Annual report of the Bengal Veterinary College and of the Civil Veterinary Department, Bengal, for the year 1916-17 - 1916-1917
Year: 1916
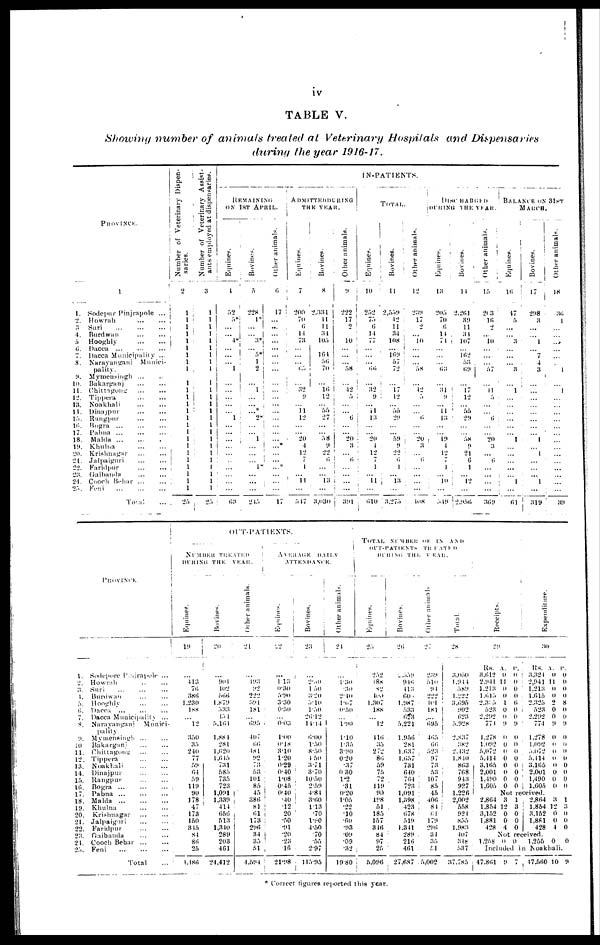
iv
TABLE
V.
Showing number
of animals
treated
at
Veterinary
Hospitals
and
Dispensaries
during the year
1916-17.
PROVINCE.
1.
2.
3
4.
5
6.
7.
8.
9.
10.
11.
12.
13.
11.
15.
16.
17.
18.
19.
20.
21.
22.
23.
24.
25.
1
Sodepur Pinjrapole ...
Howrah ... ...
Suri ... ... ...
Burdwan
...
...
Hooghly
...
...
Dacca ... ... ...
Dacca Municipality ...
Narayanganj Munici-
pality.
Mymensingh ... ..
Bakarganj
...
...
Chittagong
...
...
Tippera
...
...
Noakhali ... ...
Dinajpur
...
...
Rangpur ... ...
Bogra
...
...
...
Pabna
...
...
...
Malda
...
...
.
Khuhia
...
...
Krishnagar ... ...
Jalpaiguri
...
...
Faridpur ... ...
Gaibanda ... ...
Cooch Behar ... ...
Feni
...
...
...
Total ...
Number of Veterinary Dispen-
saries.
2
1
1
1
1
1
1
1
1
1
1
1
1
1
1
1
1
1
1
1
1
1 1
1
1
1
25
Number of Veterinary Assist-
ants employed at dispensaries.
3
1
1
1
1
1
1
1
1
1
1
1
1
1
1
1
1
1
1
1
1
1
1
1
1
1
25
IN-PATIENTS.
REMAINING
ON 1ST APRIL.
Equines.
4
52
5*
...
...
4*
...
...
...
1
...
...
...
...
...
1
...
...
...
...
...
...
...
...
...
...
63
Bovines.
5
228
1*
...
...
3*
...
5*
1
2
...
1
...
...
...*
2*
...
...
1
...
...
...
1*
...
...
...
245
Other animals.
6
17
...
...
...
...
...
...
...
...
...
...
...
...
...
...
...
...
...
...*
...
...
...*
...
...
...
17
ADMITTEDDURING
THE YEAR.
Equines.
7
200
70
6
14
73
...
...
...
63
...
32
9
...
11
12
...
...
20
4
12
7
1
...
11
...
547
Bovines.
8
2.331
11
11
34
105
...
104
56
70
...
16
12
...
55
27
...
...
58
9
22
6
...
...
13
...
3,030
Other animals.
it
222
17
2
...
10
...
...
...
58
...
42
5
...
...
6
...
...
20
3
6
...
...
...
...
391
TOTAL.
Equines.
10
252
75
6
14
77
...
...
...
66
...
32
9
...
11
13
...
...
20
4
12
7
1
...
11
...
610
...
Bovines.
11
2,539
42
11
34
108
...
169
57
72
...
17
12
...
55
29
...
...
59
9
22
6
1
...
13
...
3.275
Other animals.
12
239
17
2
...
10
...
...
...
58
...
42
3
...
...
6
...
...
20
3
...
6
...
...
...
108
DISCHARGED
DURING THE YEAR.
Equines.
13
205
70
6
14
74
...
...
...
63
...
31
9
...
11
13
...
...
19
4
12
7
1
10
...
319
Bovines.
14
2,261
39
11
34
107
...
162
53
69
...
17
12
...
55
29
...
...
58
9
21
0
1
...
12
...
2,956
Other animals.
15
203
16
2
...
10
...
...
...
57
...
11
5
...
...
6
...
...
20
3
...
6
...
...
...
...
369
BALANCE ON 31ST
MARCH.
Equines.
16
47
5
...
...
3
...
...
...
3
...
1
...
...
...
...
...
...
1
...
...
...
...
...
1
...
61
Bovines.
17
298
3
...
...
1
...
7
4
3
...
...
...
...
...
...
...
...
1
...
1
...
...
...
1
...
319
Other animals.
18
36
1
...
...
...
...
...
...
1
...
1
...
...
...
...
...
...
...
...
...
...
...
...
...
...
39
1.
2
3.
4.
5.
6.
7.
8.
9.
10
11.
12.
13.
14.
15.
16.
17.
18.
19.
20.
21.
22
23.
24.
25.
PROVINCE.
Sodepore Piajrapole ...
Howrah
..
...
Suri ... ... ...
Burdwan ... ...
Hooghly
...
...
Dacca ... ... ...
Dacca Municipality ...
Narayanganj Munici-
pality.
Mymensingh ... ...
Bakarganj
...
...
Chittagong
...
...
Tippera ... ...
Noakhali ... ...
Dinajpur
...
...
Rangpur
...
...
Bogra
...
...
...
Pabna
...
...
...
Malda
...
...
...
Khulna
...
...
Krishnagar
...
...
Jalpaiguri ... ...
Faridpur ... ...
Gaibanda ... ...
Cooch Behar ... ...
Feni ... ... ...
Total ...
OUT-PATIENTS.
NUMBER TREATED
DURING THE
YEAR.
Equines.
19
...
413
76
386
1,230
188
12
350
35
240
77
59
64
59
119
90
178
47
173
150
345
84
80
25
1,486
Bovines.
20
...
904
402
566
1,879
533
434
5,164
1.88 1
281
1,620
1,645
731
585
735
723
1,091
1,339
414
666
513
1,340
289
203
461
24,412
Other animals.
21
...
193
92
222
391
181
695
407
66
481
92
73
53
101
85
45
386
81
61
173
296
34
35
51
4,594
AVERAGE DAILY
ATTENDANCE.
Equines.
22
...
1.13
0.30
5.90
3.30
0.50
0.03
1.00
0.18
3.10
1.20
0.29
0.40
1.08
0.45
0.40
.40
.12
20
.50
.91
.20
.23
.16
21.98
Bovines.
23
...
2.30
1 50
3.20
3.10
1.50
26.12
14.14
6.00
1.50
8.50
4 50
3.71
3.70
10.50
2.59
4.84
3.60
1.13
.70
1.90
4.50
.70
.55
2.97
115.95
Other animals.
24
...
1.30
.30
2.40
1.07
0.50
1.90
1.10
1.35
3.90
0.20
.37
0 30
1.2
.31
0.20
1.05
.22
.10
.60
.93
.09
.09
.32
19.80
TOTAL NUMBER OF IN AND
OUT-PATIENTS TREATED
DURING
THE
YEAR.
Equines.
25
252
!8S
82
400
1.307
188
12
446
35
272
80
59
75
72
119
90
198
51
185
157
346
84
97
25
5,096
Bovines.
26
2,559
946
443
60
1.987
533
623
5,221
1,956
281
1,637
1,657
731
640
764
723
1,091
1,398
423
678
519
1,341
289
216
461
27,687
Other animals
27
239
510
94
222
101
181
...
695
465
66
523
97
73
53
107
85
45
406
84
61
179
296
34
35
51
5,002
Total.
28
3,050
1,944
589
1,222
3,695
902
023
5.928
2,837
382
2,432
1.8 10
803
768
943
927
1,226
2,002
558
924
855
1.983
407
348
537
37,785
Recei pt s .
29
Rs.
3,612
2,941
1,213
1.015
2,365
523
2,292
774
1,278
1,092
5,072
5.414
3.165
2,001
1,490
1,605
2,804
1,854
3,152
1.881
428
N
1,258
Inclu
47,801
A.
0
11
0
0
1
0
0
9
0
0
0
0
0
0
0
0
Not
3
12
0
0
4
ot
0
ded
9
P.
0
0
0
0
6
0
0
9
0
0
0
0
0
0
0
0
Expenditure.
30
Rs. A
3,324
2,941
1.213
1,615
2.325
523
2.292
774
1,278
1,092
3,072
5,414
3,165
2,001
1,490
1,605
received.
1
3
0
0
0
2,864
1,854
3.152
1,881
428
received.
0 1,255
in Noakh
7 47,560
. P.
0
11
0
0
2
0
0
9
0
0
0
0
0
0
0
0
3
12
0
0
4
0
ali
10
0
0
0
0
8
0
0
9
0
0
0
0
0
0
0
0
1
3
0
0
0
0
.
9
* Correct figures reported this year.